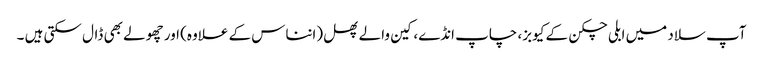
آپ سلاد میں ابلی چکن کے کیوبز، چاپ انڈے، کین والے پھل (انناس کے علاوہ) اور چھولے بھی ڈال سکتی ہیں ۔